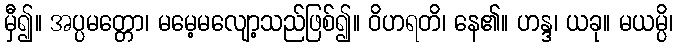
မှီ၍။ အပ္ပမတ္တော၊ မမေ့မလျော့သည်ဖြစ်၍။ ဝိဟရတိ၊ နေ၏။ ဟန္ဒ၊ ယခု။ မယမ္ပိ၊